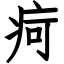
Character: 疴